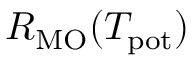
R _ { \mathrm { M O } } ( T _ { \mathrm { p o t } } )